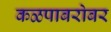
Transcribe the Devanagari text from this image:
कळपाबरोबर